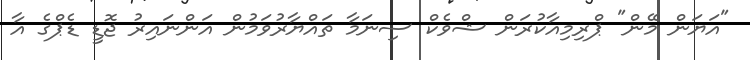
"އަޔަން މޭން" ޕްރިމިއާކުރަން ޝްވެކް ސިނަމާ ތައްޔާރުވަމުން އަންނައިރު ޖޮޑީ ޑެޕްގެ އާ